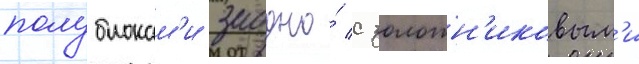
полублокам'и заодно́ с золотн'иковым'и